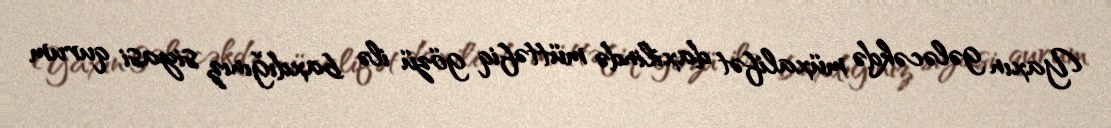
Yaxın gələcəkdə müxalifət daxilində müttəfiq gözü ilə baxdığınız siyasi qurum